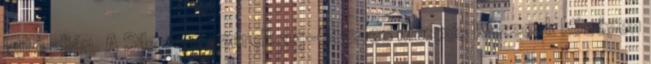
lejtő alján. A Silex-re szerelt 35-622-es Maxxis Razzo-k középen